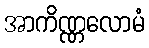
အာကိဏ္ဏလောမံ